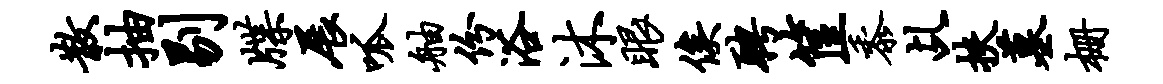
散抽剔牒展呱舳份浴沐眼俟聘筐黍乩扶墓栅